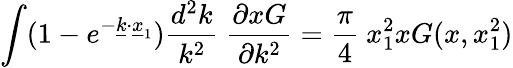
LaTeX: \int(1-e^{-\underline{{{k}}}\cdot\underline{{{x}}}_{1}}){\frac{d^{2}k}{k^{2}}}\ {\frac{\partial xG}{\partial k^{2}}}={\frac{\pi}{4}}\ x_{1}^{2}xG(x,x_{1}^{2})